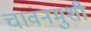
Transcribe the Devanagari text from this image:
चावनमुशी